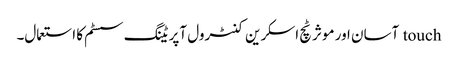
touch آسان اور موثر ٹچ اسکرین کنٹرول آپریٹنگ سسٹم کا استعمال۔